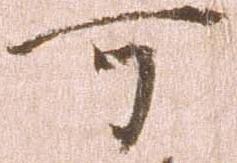
可